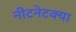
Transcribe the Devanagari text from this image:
नीटनेटक्या